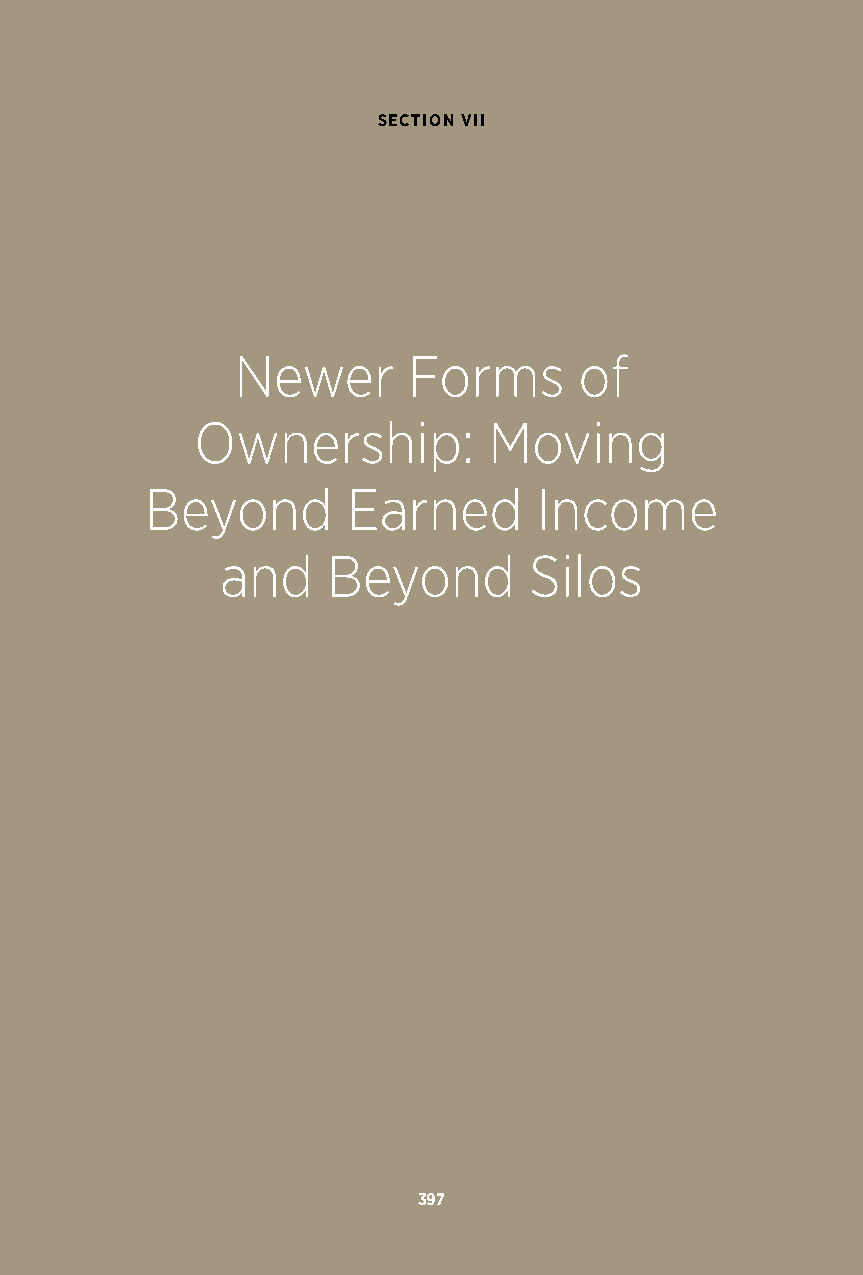
SECTION VII
 Newer      Forms      of
 Ownership:         Moving
 Beyond       Earned      Income
 and    Beyond       Silos
 397